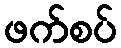
ဖက်စပ်